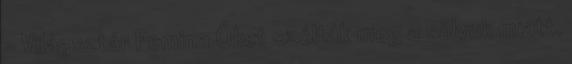
- Világsztár Femina Őket szólták meg a súlyuk miatt.